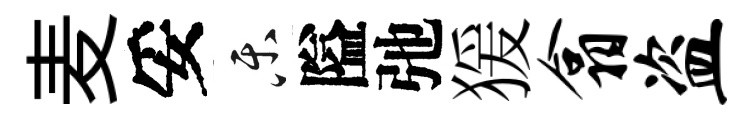
麦妥乐隘弛猨翕盗